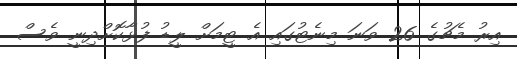
އިރު މެޗުގެ 26 ވަނަ މިނެޓުގައި އެ ޓީމަށް ލީޑު ފުޅާކޮށްދިނީ ވެސް